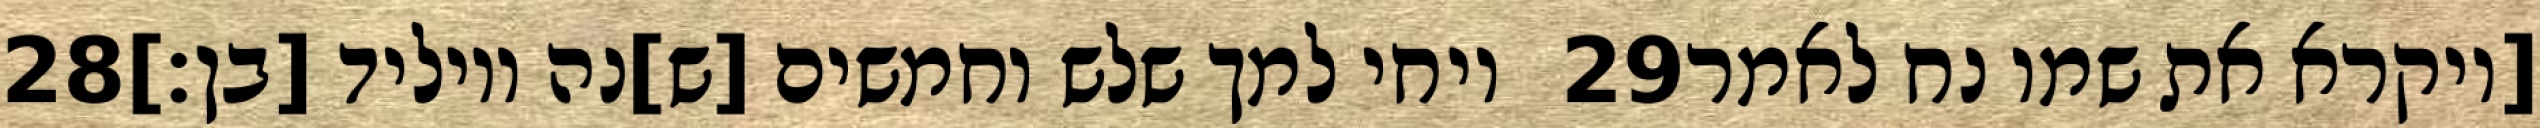
‎28‏ ויחי למך שלש וחמשים [ש]נה ויוליד [בן׃] ‎29‏ [ויקרא את שמו נח לאמר